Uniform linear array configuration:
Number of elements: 48
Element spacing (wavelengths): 0.5
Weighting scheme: blackman
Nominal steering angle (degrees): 45
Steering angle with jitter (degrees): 45.843
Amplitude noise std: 0.05
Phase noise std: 0.05

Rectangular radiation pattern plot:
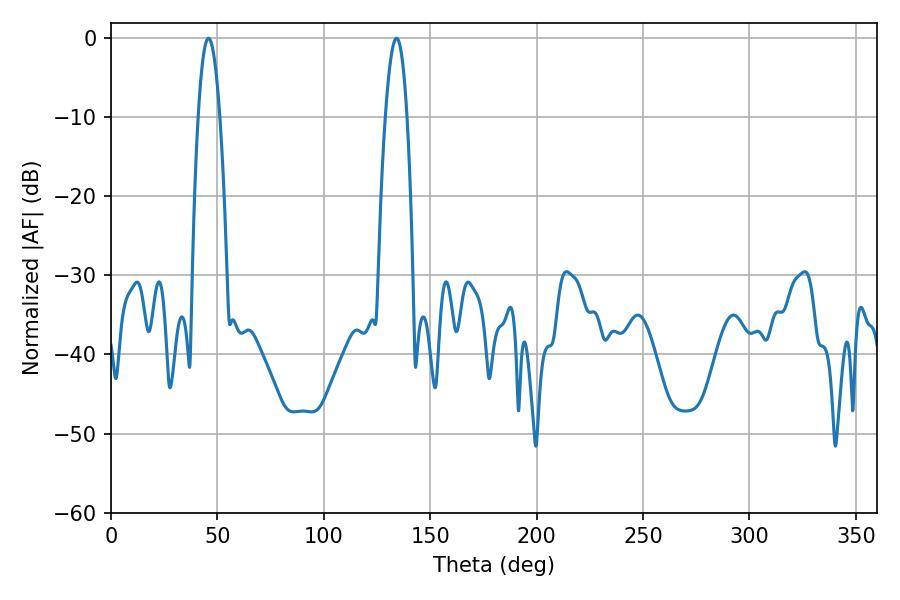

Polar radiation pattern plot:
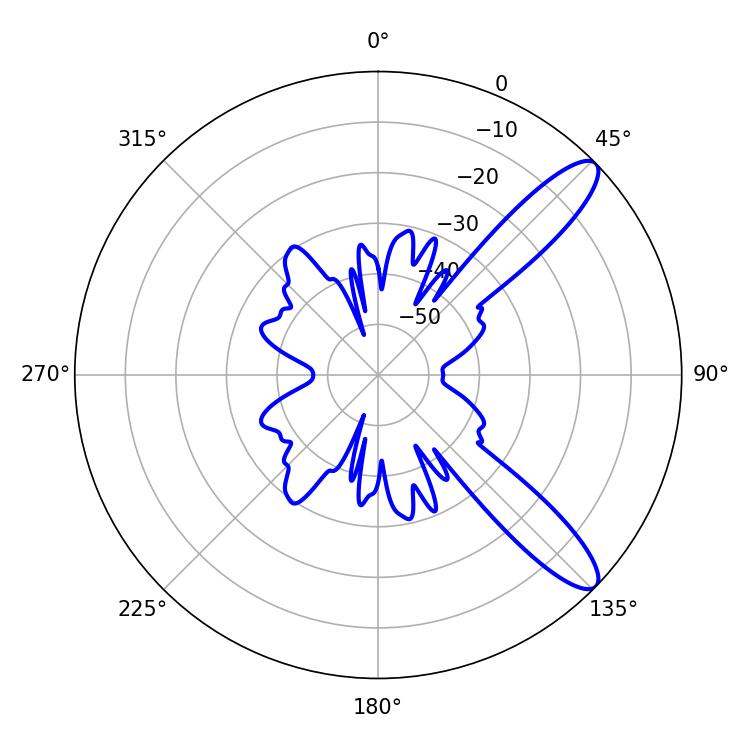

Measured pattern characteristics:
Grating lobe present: FALSE
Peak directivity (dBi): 11.214
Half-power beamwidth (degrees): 5.58
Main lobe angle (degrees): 45.9